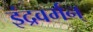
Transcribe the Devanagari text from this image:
इंद्रवर्मन्‌